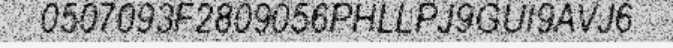
0507093F2809056PHLLPJ9GUI9AVJ6